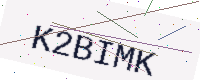
Text: K2BIMK